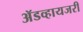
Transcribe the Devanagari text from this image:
ॲडव्हायजरी